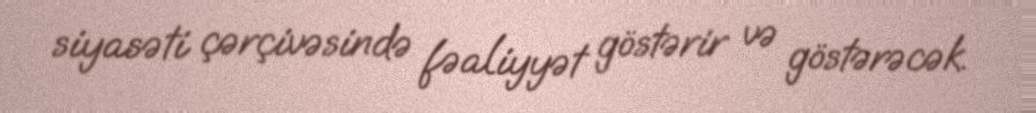
siyasəti çərçivəsində fəaliyyət göstərir və göstərəcək.